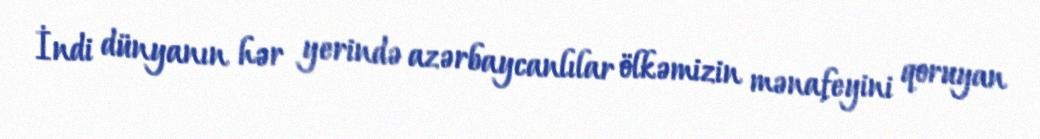
İndi dünyanın hər yerində azərbaycanlılar ölkəmizin mənafeyini qoruyan